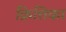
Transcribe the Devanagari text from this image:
क्रित्तिका